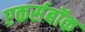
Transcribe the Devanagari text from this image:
एकर्सबॉक